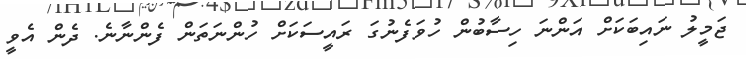
ޖަމީލު ނައިބަކަށް އަންނަ ހިސާބުން ހުވަފެނުގަ ރައީސަކަށް ހުންނަތަން ފެންނާނެ. ދެން އެވީ